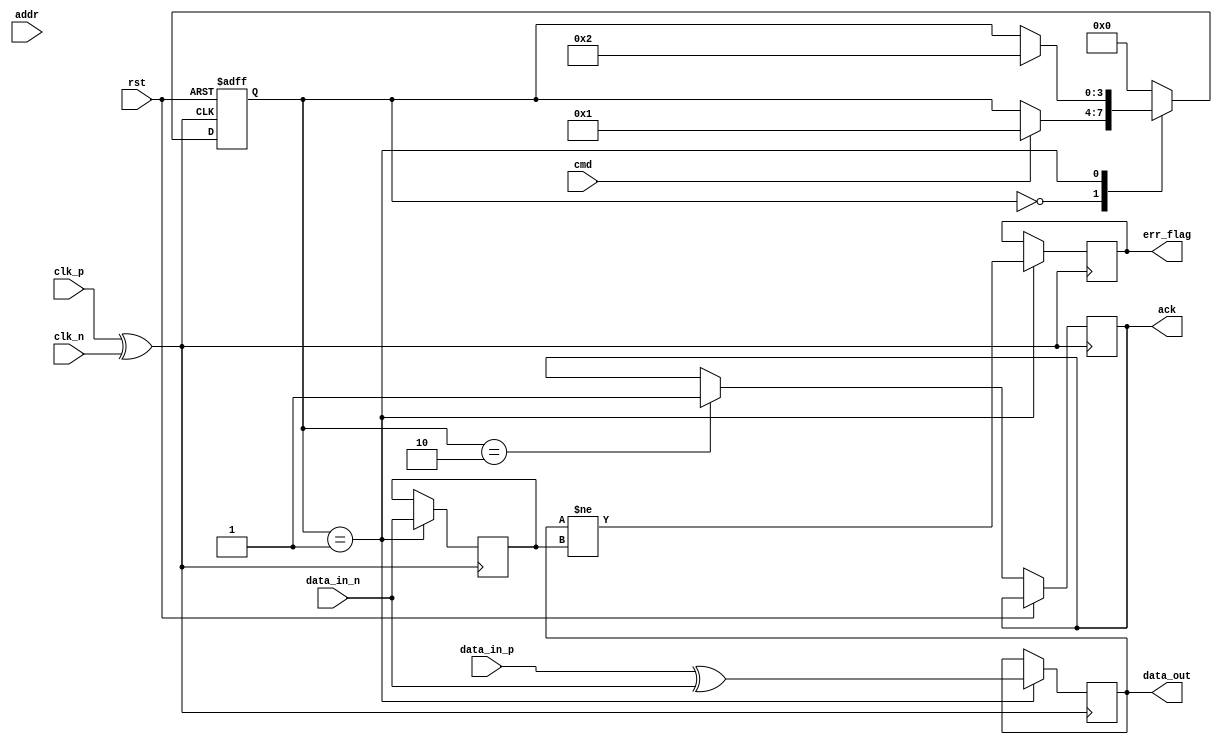
module gddr_io_block #(
    parameter DATA_WIDTH = 32,
    parameter ADDR_WIDTH = 16,
    parameter CLK_FREQ = 50000000
)(
    // Inputs
    input wire clk_p,         // Differential Clock Positive
    input wire clk_n,         // Differential Clock Negative
    input wire [DATA_WIDTH-1:0] data_in_p,     // Data Input Positive
    input wire [DATA_WIDTH-1:0] data_in_n,     // Data Input Negative
    input wire [ADDR_WIDTH-1:0] addr,           // Address Bus
    input wire cmd,           // Command Signal
    input wire rst,           // Reset Signal

    // Outputs
    output wire [DATA_WIDTH-1:0] data_out,     // Data Output
    output wire ack,           // Acknowledge Signal
    output wire err_flag       // Error Flag
);

// Internal Signals
reg [DATA_WIDTH-1:0] tx_data;
reg [DATA_WIDTH-1:0] rx_data;
reg [3:0] state;
wire clk_diff;
wire data_valid;
wire error_detected;

// Differential Clock Generation
assign clk_diff = clk_p ^ clk_n;

// Simple State Machine for Initialization
always @(posedge clk_diff or posedge rst) begin
    if (rst) begin
        state <= 0;
    end else begin
        case (state)
            0: begin
                // Initialization State
                if (cmd) state <= 1; // Move to next state on command
            end
            1: begin
                // Data Transfer State
                if (data_valid) state <= 2; // Data received
            end
            2: begin
                // Acknowledge State
                ack <= 1;
                state <= 0; // Go back to initialization
            end
            default: state <= 0;
        endcase
    end
end

// Data Transmission Logic
always @(posedge clk_diff) begin
    if (state == 1) begin
        tx_data <= {data_in_p, data_in_n}; // Simple data transmission
        // Implement scrambling or EDC/ECC here as needed
    end
end

// Data Reception Logic
always @(posedge clk_diff) begin
    if (state == 1) begin
        rx_data <= (data_in_p ^ data_in_n); // Simple data reception
        // Implement error detection logic
        error_detected <= (rx_data != tx_data); // Example error check
    end
end

// Output Assignments
assign data_out = rx_data;
assign err_flag = error_detected;

endmodule